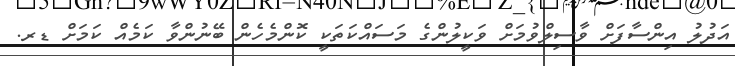
އަދުލު އިންސާފަށް ވާސިލްވުމަށް ވަކީލުންގެ މަސައްކަތަކީ ކޮންމެހެން ބޭނުންވާ ކަމެއް ކަމަށް ޑރ.